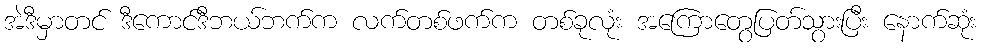
အဲဒီမှာတင် ဒီကောင်ဒီဘယ်ဘက်က လက်တစ်ဖက်က တစ်ခုလုံး အကြောတွေပြတ်သွားပြီး နောက်ဆုံး